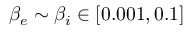
\beta _ { e } \sim \beta _ { i } \in \left[ 0 . 0 0 1 , 0 . 1 \right]